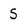
Character: S